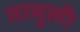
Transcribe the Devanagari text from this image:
तामुली